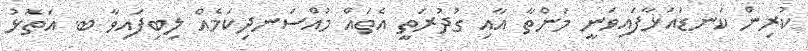
ކުރިން ކަނޑައަޅާފައިވަނީ މަންތާ އާއި ގުދުރަތީ އެތައް މުއްސަނދިކަމެއް ލިބިފައިވާ ބ. އަތޮޅު